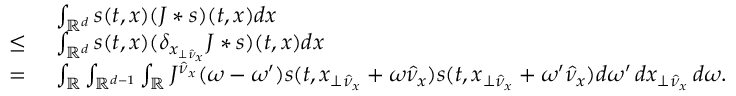
\begin{array} { r l } & { \ \int _ { \mathbb { R } ^ { d } } s ( t , x ) ( J * s ) ( t , x ) d x } \\ { \leq } & { \ \int _ { \mathbb { R } ^ { d } } s ( t , x ) ( \delta _ { x _ { \perp \hat { \nu } _ { x } } } J * s ) ( t , x ) d x } \\ { = } & { \ \int _ { \mathbb { R } } \int _ { \mathbb { R } ^ { d - 1 } } \int _ { \mathbb { R } } J ^ { \hat { \nu } _ { x } } ( \omega - \omega ^ { \prime } ) s ( t , x _ { \perp \hat { \nu } _ { x } } + \omega \hat { \nu } _ { x } ) s ( t , x _ { \perp \hat { \nu } _ { x } } + \omega ^ { \prime } \hat { \nu } _ { x } ) d \omega ^ { \prime } \, d x _ { \perp \hat { \nu } _ { x } } \, d \omega . } \end{array}